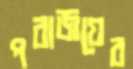
পরাজয়ের